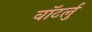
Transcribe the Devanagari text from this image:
वॉटर्लु